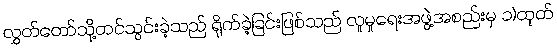
လွှတ်တော်သို့တင်သွင်းခဲ့သည် ရိုက်ခဲ့ခြင်းဖြစ်သည် လူမှုရေးအဖွဲ့အစည်းမှ ၁)ထုတ်